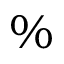
\%